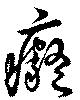
癡